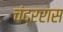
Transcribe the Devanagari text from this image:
चंद्ररास